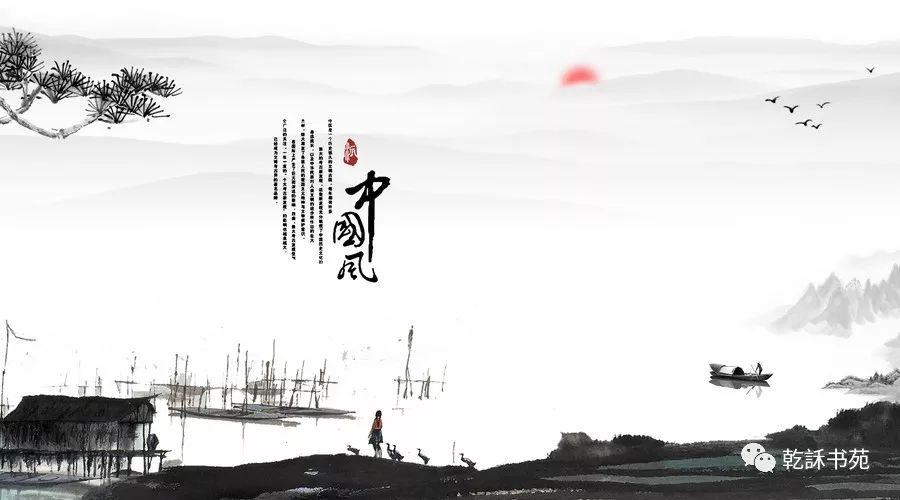
凫胫虽短，续之则忧鹤胫虽长，断之则悲。